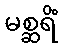
မစ္ဆရိံ